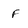
Character: f